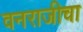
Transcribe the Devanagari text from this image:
वनराजीचा